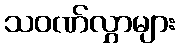
သဝဏ်လွှာများ